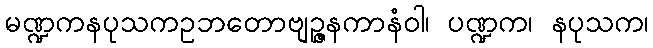
မဏ္ဍကနပုသကဥဘတောဗျဉ္ဇနကာနံဝါ၊ ပဏ္ဍက၊ နပုသက၊